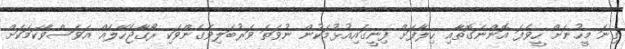
ގިނަ މީހުނަށް ހީވެފަ އޮންނަގޮތާއި ޙިލާފަށް ފިނީގައިއުޅުމަކުން ނުވަތަ ވަރުބަލިވެގެންވަކި ރޯގާޖެހޭލެއް އަވަސްވާކަމަކަށް